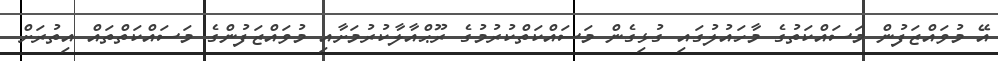
އޭ މުވައްޒަފުން މަސައްކަތުގެ މާހައުލުގައި ގުޅިގެން މަސައްކަތްކުރުމުގެ ރޫޙްއާލާކުރުމަށާއި މުވައްޒަފުންގެ މަސައްކަތްތައް އިތުރަށް